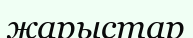
жарыстар